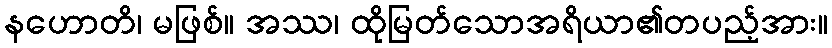
နဟောတိ၊ မဖြစ်။ အဿ၊ ထိုမြတ်သောအရိယာ၏တပည့်အား။